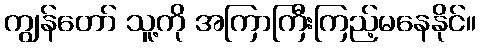
ကျွန်တော် သူ့ကို အကြာကြီးကြည့်မနေနိုင်။